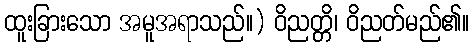
ထူးခြားသော အမူအရာသည်။) ဝိညတ္တိ၊ ဝိညတ်မည်၏။